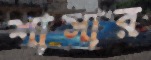
শাসার